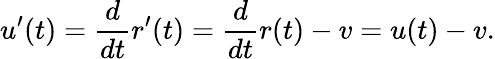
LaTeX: u^{\prime}(t)={\frac{d}{dt}}r^{\prime}(t)={\frac{d}{dt}}r(t)-v=u(t)-v.